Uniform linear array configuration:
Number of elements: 8
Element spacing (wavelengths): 1
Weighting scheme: uniform
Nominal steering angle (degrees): -15
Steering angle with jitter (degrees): -13.258
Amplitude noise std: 0.05
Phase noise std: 0.05

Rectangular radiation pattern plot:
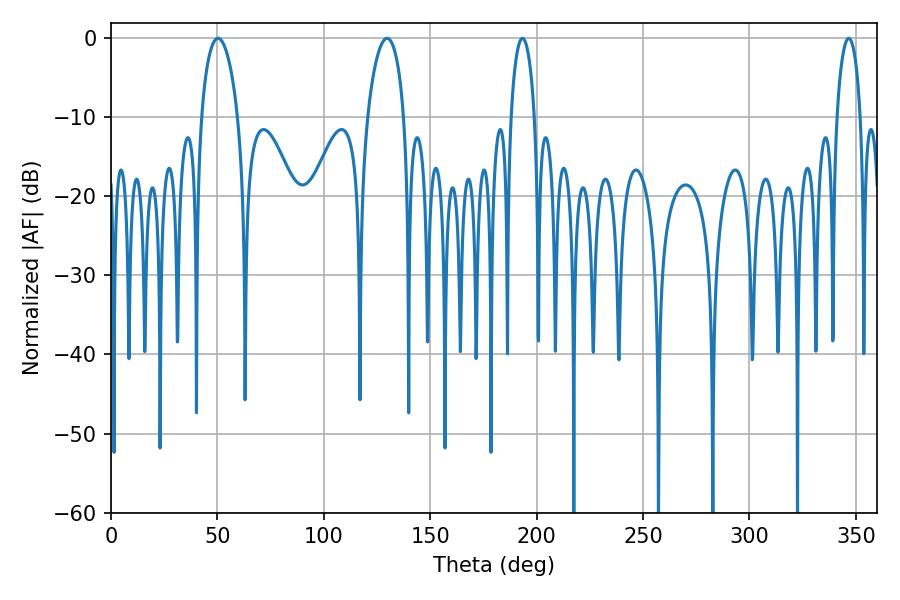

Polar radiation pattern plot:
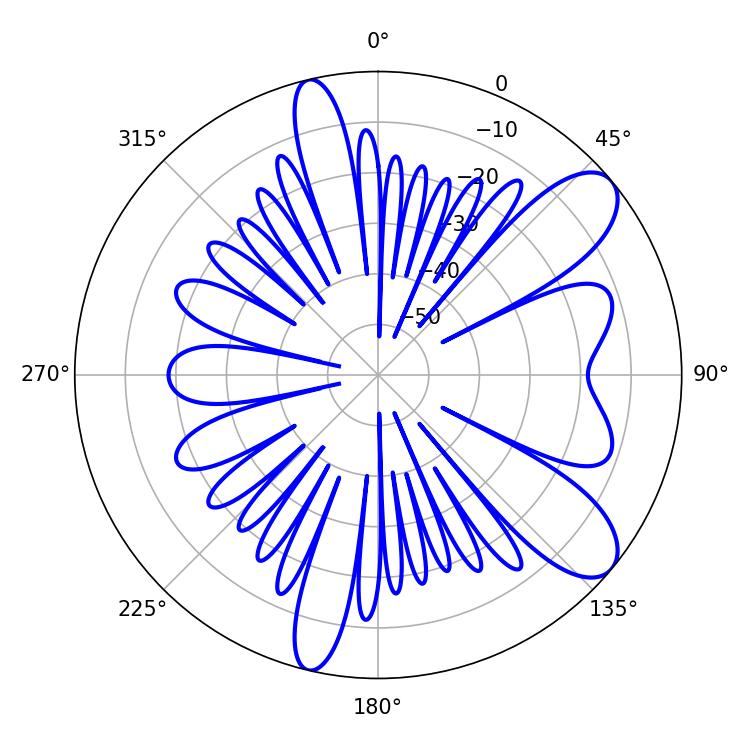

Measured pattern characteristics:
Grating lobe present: TRUE
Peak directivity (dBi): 9.141
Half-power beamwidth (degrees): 6.3
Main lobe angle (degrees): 193.32